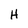
Character: H